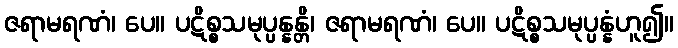
ဇရာမရဏံ၊ ပေ။ ပဋိစ္စသမုပ္ပန္နန္တိ၊ ဇရာမရဏံ၊ ပေ။ ပဋိစ္စသမုပ္ပန္နံဟူ၍။